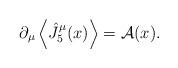
LaTeX: \begin{align*}\partial_\mu \left\langle \hat{J}^\mu_5(x) \right\rangle = {\cal A}(x) .\end{align*}